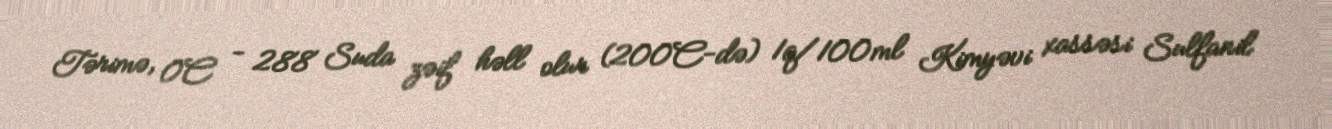
Tərimə, 0C - 288 Suda zəif həll olur (200C-də) 1q/100ml Kimyəvi xassəsi Sulfanil